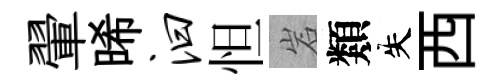
翬晞汩怛岩類失西